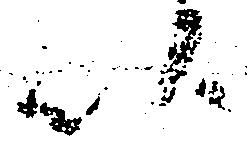
以